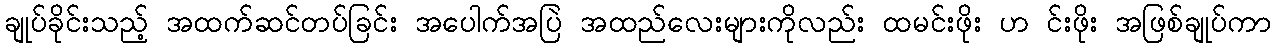
ချုပ်ခိုင်းသည့် အထက်ဆင်တပ်ခြင်း အပေါက်အပြဲ အထည်လေးများကိုလည်း ထမင်းဖိုး ဟ င်းဖိုး အဖြစ်ချုပ်ကာ